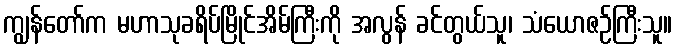
ကျွန်တော်က မဟာသုခရိပ်မြိုင်အိမ်ကြီးကို အလွန် ခင်တွယ်သူ၊ သံယောဇဉ်ကြီးသူ။